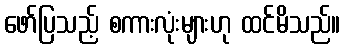
ဖော်ပြသည့် စကားလုံးများဟု ထင်မိသည်။